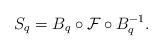
LaTeX: \begin{align*}S_q = B_q \circ \mathcal F \circ B_q^{-1}.\end{align*}